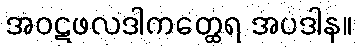
အဝဋဖလဒါကတ္ထေရ အပဒါန။